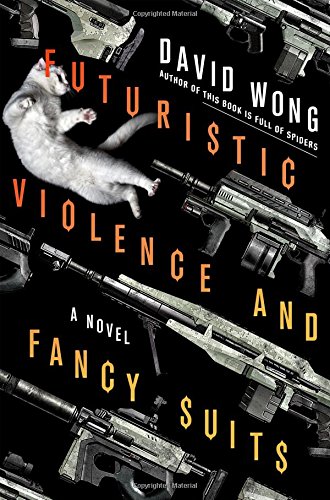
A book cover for Futuristic Violence and Fancy Suits: A Novel; David Wong; Science Fiction & Fantasy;